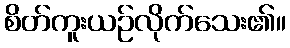
စိတ်ကူးယဉ်လိုက်သေး၏။